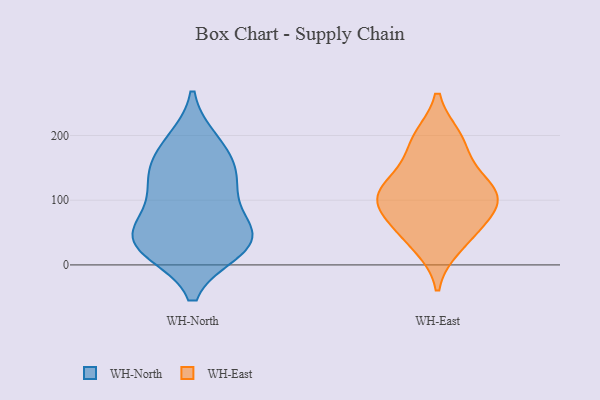
{"axis": {"x": "Active Users", "y": "Value"}, "legend": ["WH-East", "WH-North"], "data": [{"x": "", "y": 147, "type": "WH-North"}, {"x": "", "y": 183, "type": "WH-North"}, {"x": "", "y": 140, "type": "WH-North"}, {"x": "", "y": 24, "type": "WH-North"}, {"x": "", "y": 23, "type": "WH-North"}, {"x": "", "y": 27, "type": "WH-North"}, {"x": "", "y": 190, "type": "WH-North"}, {"x": "", "y": 36, "type": "WH-North"}, {"x": "", "y": 62, "type": "WH-North"}, {"x": "", "y": 110, "type": "WH-North"}, {"x": "", "y": 55, "type": "WH-North"}, {"x": "", "y": 127, "type": "WH-North"}, {"x": "", "y": 54, "type": "WH-North"}, {"x": "", "y": 101, "type": "WH-East"}, {"x": "", "y": 106, "type": "WH-East"}, {"x": "", "y": 53, "type": "WH-East"}, {"x": "", "y": 70, "type": "WH-East"}, {"x": "", "y": 105, "type": "WH-East"}, {"x": "", "y": 189, "type": "WH-East"}, {"x": "", "y": 113, "type": "WH-East"}, {"x": "", "y": 140, "type": "WH-East"}, {"x": "", "y": 30, "type": "WH-East"}, {"x": "", "y": 195, "type": "WH-East"}]}